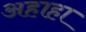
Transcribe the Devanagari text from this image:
अहाहा